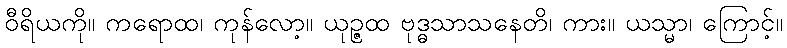
ဝီရိယကို။ ကရောထ၊ ကုန်လော့။ ယုဉ္ဇထ ဗုဒ္ဓသာသနေတိ၊ ကား။ ယသ္မာ၊ ကြောင့်။